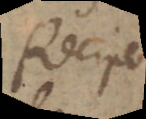
Recipe